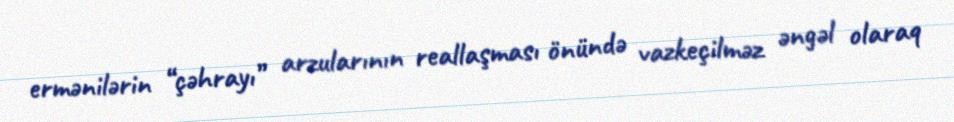
ermənilərin “çəhrayı” arzularının reallaşması önündə vazkeçilməz əngəl olaraq